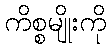
ကိစ္စမျိုးကို